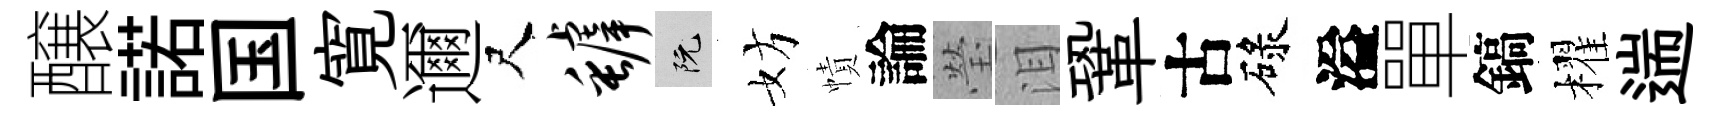
醸諾国寛邇尺罅阮妨幘論瑩泪鞏古碌溢單鎬櫂遄